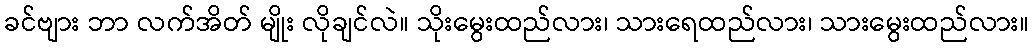
ခင်ဗျား ဘာ လက်အိတ် မျိုး လိုချင်လဲ။ သိုးမွေးထည်လား၊ သားရေထည်လား၊ သားမွေးထည်လား။